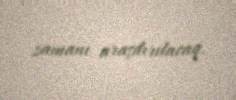
zamanı araşdırılacaq.